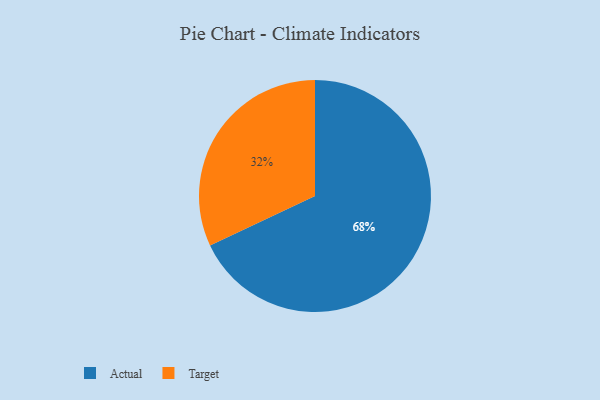
{"axis": {"x": "Category", "y": "Percentage"}, "legend": ["Actual", "Target"], "data": [{"x": "Target", "y": 32, "type": "Target"}, {"x": "Actual", "y": 68, "type": "Actual"}]}